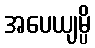
အပေယျမ္ပိ